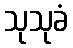
သုသုခံ